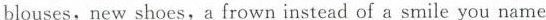
blouses,new shoes,a frown instead of a smile you name